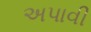
અપાવી